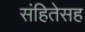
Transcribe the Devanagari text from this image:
संहितेसह